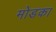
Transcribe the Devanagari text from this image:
मोडका